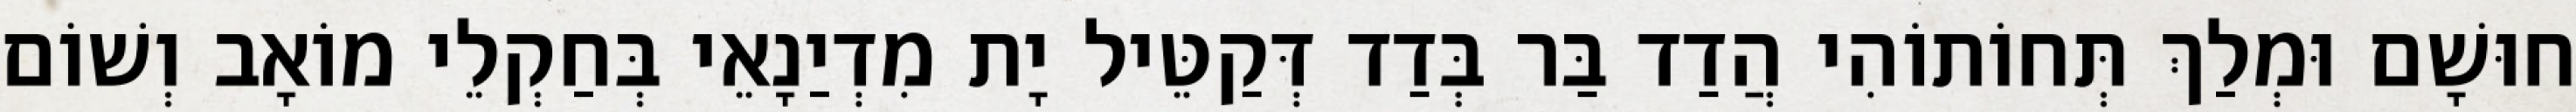
חוּשָׁם וּמְלַךְ תְּחוֹתוֹהִי הֲדַד בַּר בְּדַד דְּקַטֵּיל יָת מִדְיַנָאֵי בְּחַקְלֵי מוֹאָב וְשׁוֹם